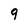
Character: 9